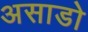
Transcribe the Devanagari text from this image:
असाडो